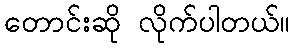
တောင်းဆို လိုက်ပါတယ်။